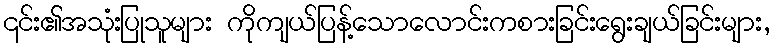
၎င်း၏အသုံးပြုသူများ ကိုကျယ်ပြန့်သောလောင်းကစားခြင်းရွေးချယ်ခြင်းများ,